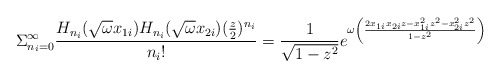
\begin{align*}\Sigma_{n_{i}=0}^{\infty} \frac{H_{n_{i}}(\sqrt{\omega}x_{1i})H_{n_{i}}(\sqrt{\omega}x_{2i}) (\frac{z}{2})^{n_{i}}}{n_{i}!}= \frac{1}{\sqrt{1-z^{2}}}e^{\omega\left(\frac{2x_{1i}x_{2i}z -x_{1i}^{2}z^{2}-x_{2i}^{2}z^{2}}{1-z^{2}}\right)}\end{align*}